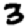
Digit: 3